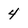
Character: 4